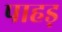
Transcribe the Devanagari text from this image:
पाहड़